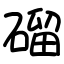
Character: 磂